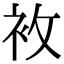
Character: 𧘶